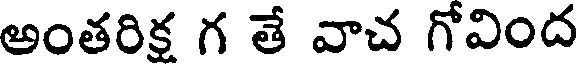
అంతరిక గ తే వాచ గోవింద